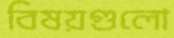
বিষয়গুলো